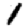
Digit: 1